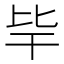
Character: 𣬂